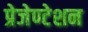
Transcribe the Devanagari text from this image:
प्रेजेण्टेशन